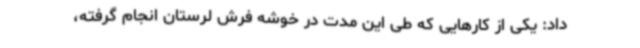
داد: یکی از کارهایی که طی این مدت در خوشه فرش لرستان انجام گرفته،